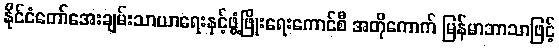
နိုင်ငံတော်အေးချမ်းသာယာရေးနှင့်ဖွံ့ဖြိုးရေးကောင်စီ အတိုကောက် မြန်မာဘာသာဖြင့်